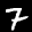
Label: 7